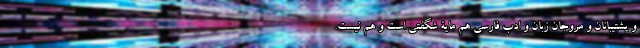
و پشتیبانان و مروّجان زبان و ادب فارسی هم مایۀ شگفتی است و هم نیست.